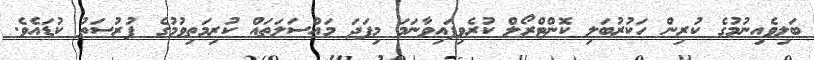
ބަލިވެއިނުމުގެ ކުރިން ހަކުރުބަލި ކޮންޓްރޯލް ކުރެވިފައިވާނަމަ މިފަދަ މައްސަަލަތައް ކުރިމަތިވުމުގެ ފުރުސަތު ކުޑައެވެ.